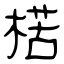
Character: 楛